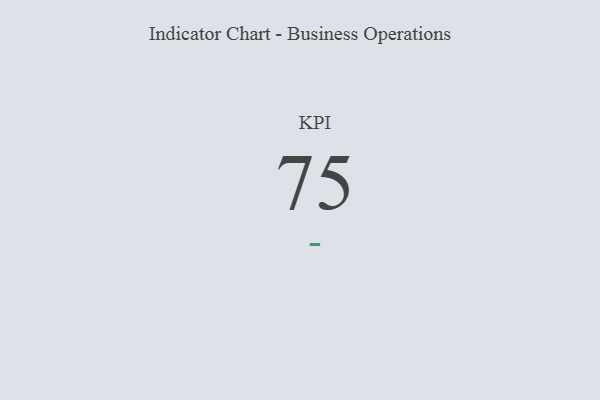
{"axis": {"x": "KPI", "y": "Value"}, "legend": [""], "data": [{"x": "KPI", "y": 75, "type": ""}]}